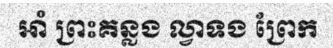
អាំ ព្រះគន្លង ល្វាទង ព្រែក